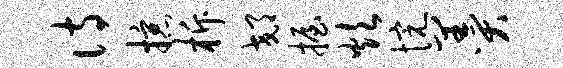
诗掠柝郊握炊惋羹